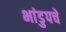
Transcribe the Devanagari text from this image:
भांडुपचे